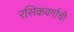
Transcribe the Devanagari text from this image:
रसिकवर्गाची